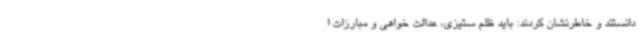
دانستند و خاطرنشان کردند: باید ظلم ستیزی، عدالت خواهی و مبارزات ا